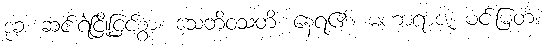
ဒုခံ၊ ဆင်းရဲငြိုငြင်စွာ။ သေတိဝသတိ၊ နေရ၏။ မဟာရာဇ၊ မင်းမြတ်။